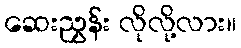
ဆေးညွှန်း လိုလို့လား။